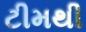
ટીમથી